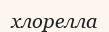
хлорелла